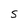
Character: S